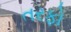
તરફો